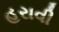
હરાવી